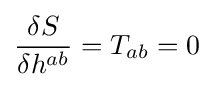
{\frac {\delta S}{\delta h^{ab}}}=T_{ab}=0